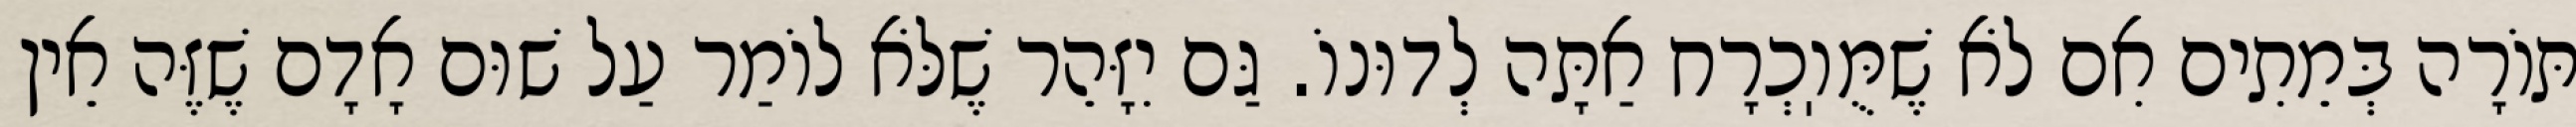
תּוֹרָה בְּמֵתִים אִם לֹא שֶׁמֻּוֽכְרָח אַתָּה לְדוּנוֹ. גַּם יִזָּהֵר שֶׁלֹּא לוֹמַר עַל שׁוּם אָדָם שֶׁזֶּה אֵין